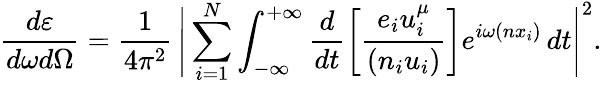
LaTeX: \frac{d\varepsilon}{d\omega d\Omega}=\frac{1}{4\pi^{2}}\, \Bigg|\sum_{i=1}^{N}\int_{-\infty}^{+\infty}\frac{d}{dt}\left[\frac{e_{i}u_{i}^{\mu}}{(n_{i}u_{i})}\right]e^{i\omega(nx_{i})}\, dt\Bigg|^{2}.